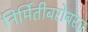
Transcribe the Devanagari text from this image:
निर्मितीबरोबरच